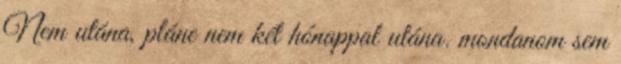
Nem utána, pláne nem két hónappal utána. mondanom sem